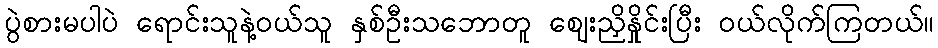
ပွဲစားမပါပဲ ရောင်းသူနဲ့ဝယ်သူ နှစ်ဦးသဘောတူ ဈေးညှိနှိုင်းပြီး ဝယ်လိုက်ကြတယ်။